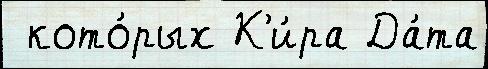
 кото́рых К'и́ра Да́та